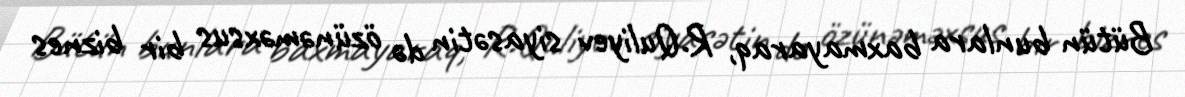
Bütün bunlara baxmayaraq, R.Quliyev siyasətin də özünəməxsus bir biznes